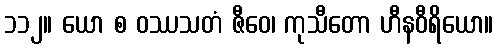
၁၁၂။ ယော စ ဝဿသတံ ဇီဝေ၊ ကုသီတော ဟီနဝီရိယော။